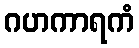
ဂဟကာရကံ